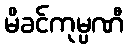
မိခင်ကုမ္ပဏီ